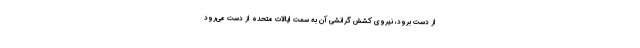
از دست برود، نیروی کشش گرانشی آن به سمت ایالات متحده از دست می‌رود